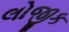
લોજીક